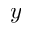
y